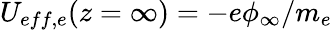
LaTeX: U_{eff,e}(z=\infty)=-e\phi_{\infty}/m_{e}